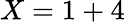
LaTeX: X=1+4